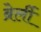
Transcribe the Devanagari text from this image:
ब्रेर्ली